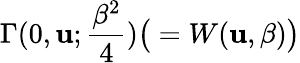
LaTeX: \Gamma(0,\mathbf{u};{\frac{{\beta^{2}}}{{4}}})\big(=W(\mathbf{u},\beta)\big)